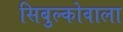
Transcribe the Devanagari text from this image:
सिबुल्कोवाला